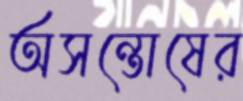
অসন্তোষের